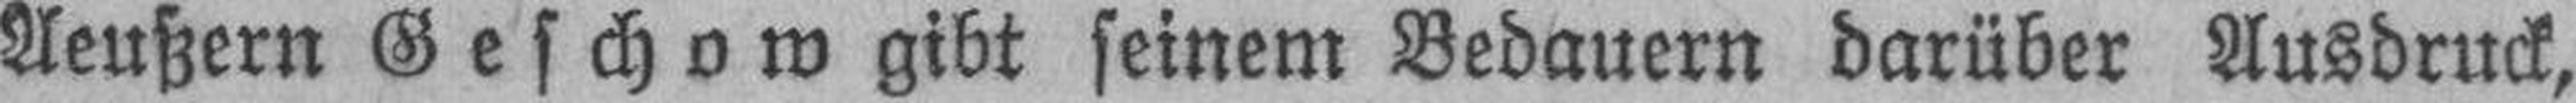
Aeußern Geschow gibt seinem Bedauern darüber Ausdruck,